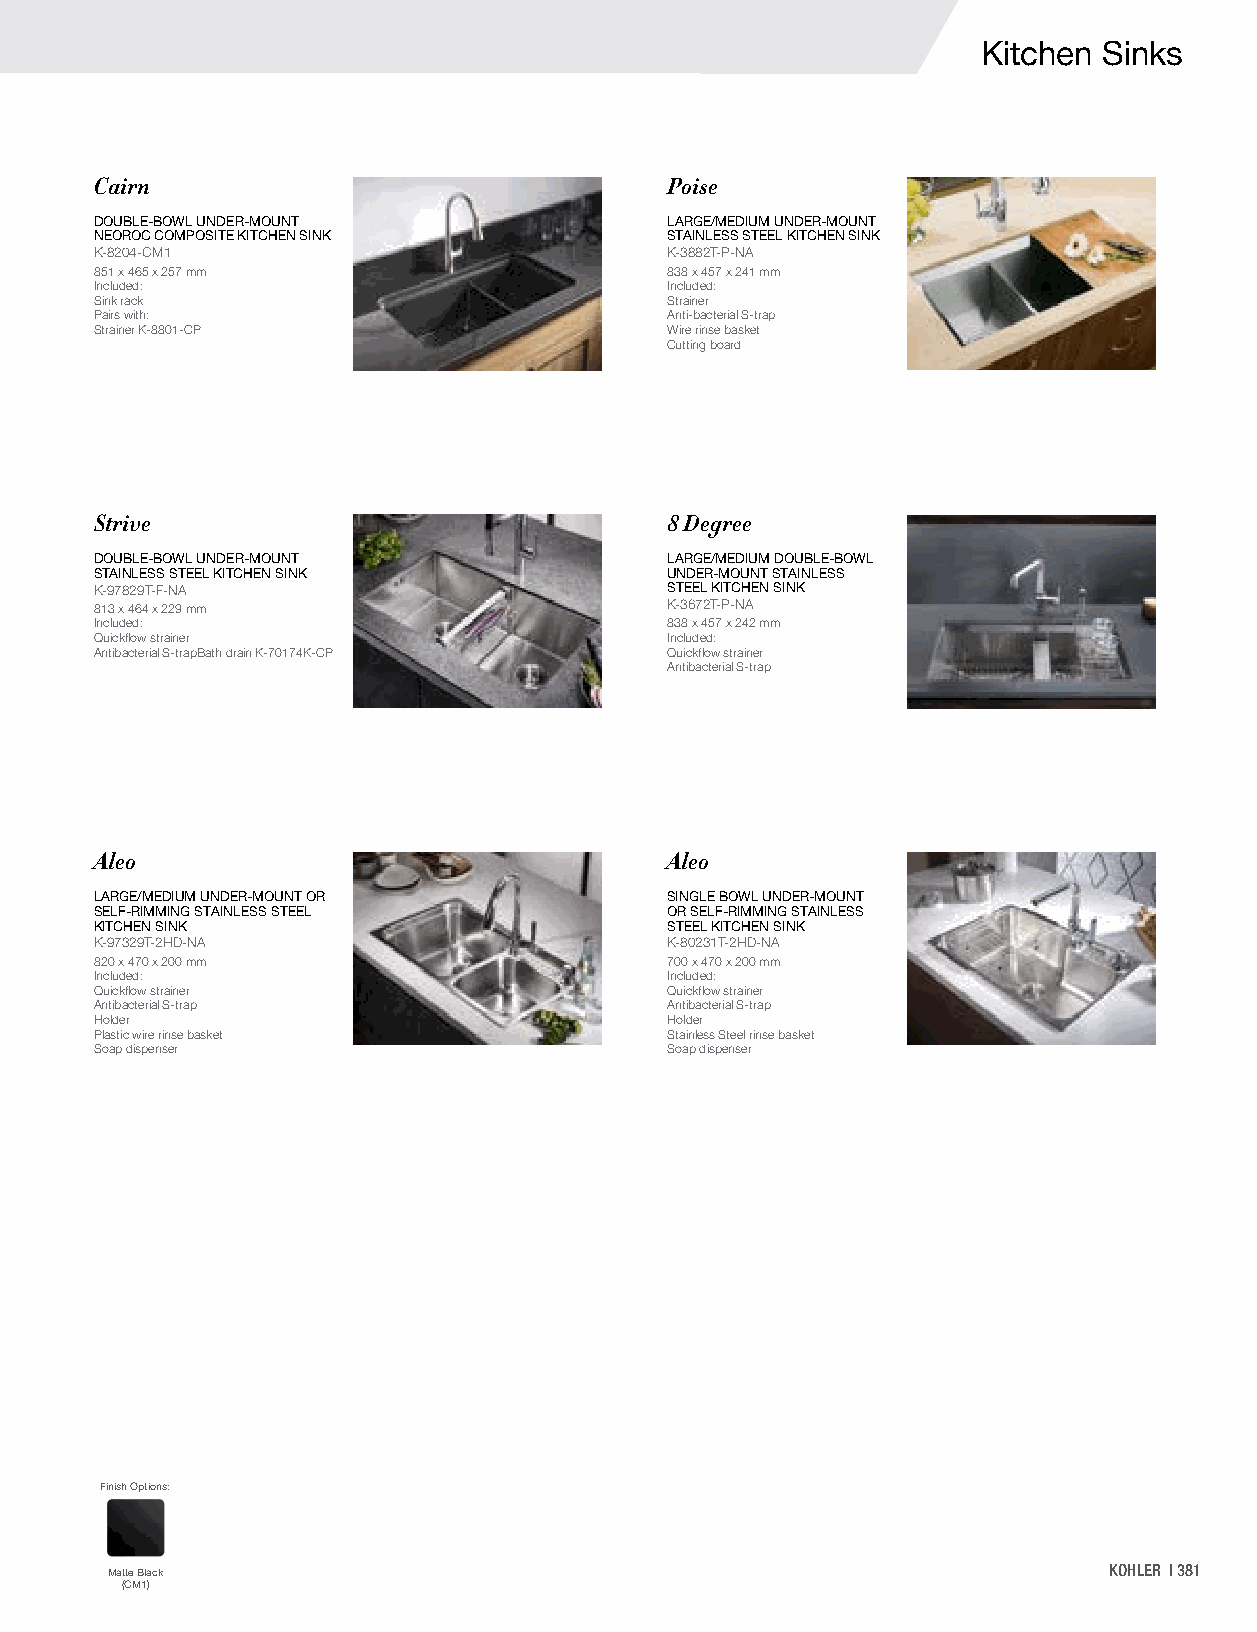
Kitchen Sinks
 Cairn                                 Poise
 DOUBLE-BOWL UNDER-MOUNT               LARGE/MEDIUM UNDER-MOUNT
 NEOROC COMPOSITE KITCHEN SINK         STAINLESS STEEL KITCHEN SINK
 K-8204-CM1                            K-3882T-P-NA
 851 x 465 x 257 mm                    838 x 457 x 241 mm
 Included:                             Included:
 Sink rack                             Strainer
 Pairs with:                           Anti-bacterial S-trap
 Strainer K-8801-CP                    Wire rinse basket
 Cutting board
 Strive                                8 Degree
 DOUBLE-BOWL UNDER-MOUNT               LARGE/MEDIUM DOUBLE-BOWL
 STAINLESS STEEL KITCHEN SINK          UNDER-MOUNT STAINLESS
 K-97829T-F-NA                         STEEL KITCHEN SINK
 813 x 464 x 229 mm                    K-3672T-P-NA
 Included:                             838 x 457 x 242 mm
 Quickflow strainer                    Included:
 Antibacterial S-trapBath drain K-70174K-CP Quickflow strainer
 Antibacterial S-trap
 Aleo                                  Aleo
 LARGE/MEDIUM UNDER-MOUNT OR           SINGLE BOWL UNDER-MOUNT
 SELF-RIMMING STAINLESS STEEL          OR SELF-RIMMING STAINLESS
 KITCHEN SINK                          STEEL KITCHEN SINK
 K-97329T-2HD-NA                       K-80231T-2HD-NA
 820 x 470 x 200 mm                    700 x 470 x 200 mm
 Included:                             Included:
 Quickflow strainer                    Quickflow strainer
 Antibacterial S-trap                  Antibacterial S-trap
 Holder                                Holder
 Plastic wire rinse basket             Stainless Steel rinse basket
 Soap dispenser                        Soap dispenser
 Finish Options:
 Matte Black                                                       KOHLER | 381
 (CM1)